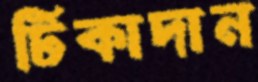
টিকাদান